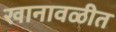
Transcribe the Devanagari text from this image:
खानावळीत